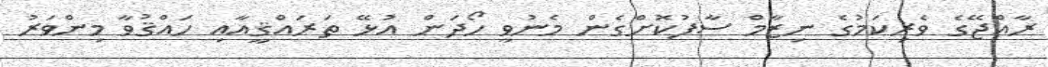
ރާއްޖޭގެ ވެރިކަމުގެ ނިޒާމް ސާފުކޮށްގެން މެނުވީ ހޯދަން އުޅޭ ތަރައްޤީއާއި ހައްޤުވާ މިންވަރު